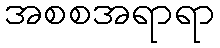
အစစအရာရာ